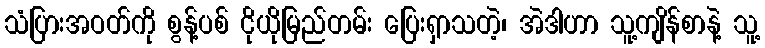
သံပြားအဝတ်ကို စွန့်ပစ် ငိုယိုမြည်တမ်း ပြေးရှာသတဲ့၊ အဲဒါဟာ သူ့ကျိန်စာနဲ့ သူ့